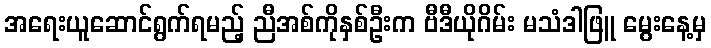
အရေးယူဆောင်ရွက်ရမည့် ညီအစ်ကိုနှစ်ဦးက ဗီဒီယိုဂိမ်း မသံဒါဖြူ မွေးနေ့မှ